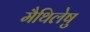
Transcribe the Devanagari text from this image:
मैथिलेषु